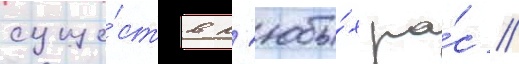
суще́ств л'юбы́х ра́с //